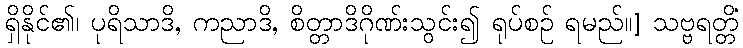
ရှိနိုင်၏၊ ပုရိသာဒိ, ကညာဒိ, စိတ္တာဒိဂိုဏ်းသွင်း၍ ရုပ်စဉ် ရမည်။] သဗ္ဗရတ္တိံ